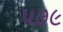
૫૭૯